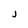
Character: j